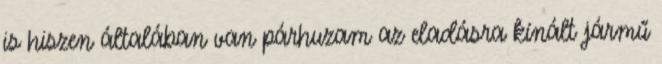
is hiszen általában van párhuzam az eladásra kínált jármű